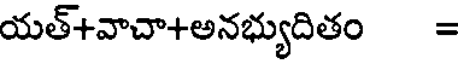
యత్+వాచా+అనభ్యుదితం =